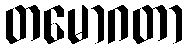
တမောဂတာ